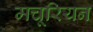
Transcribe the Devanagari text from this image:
मचूरियन